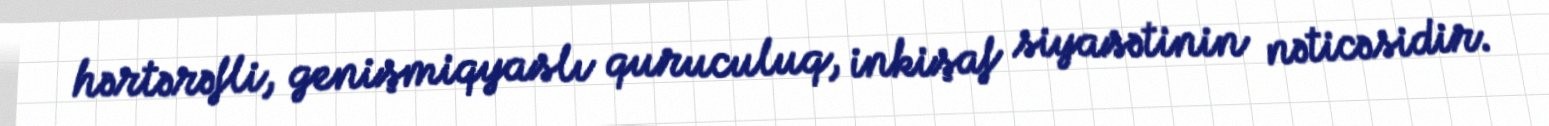
hərtərəfli, genişmiqyaslı quruculuq, inkişaf siyasətinin nəticəsidir.